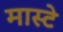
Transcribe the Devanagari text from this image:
मास्टे